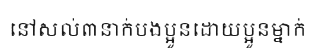
នៅសល់៣នាក់បងប្អូនដោយប្អូនម្នាក់